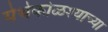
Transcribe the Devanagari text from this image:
येथेकोळश्याच्या